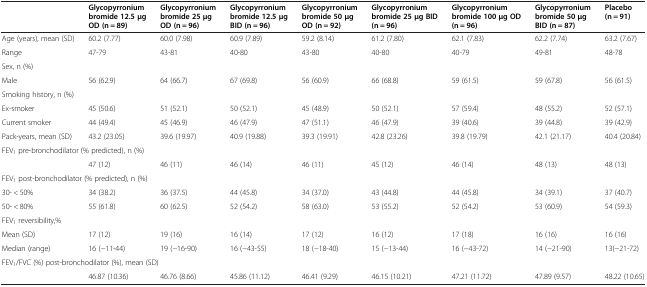
<table><thead><tr><td><b> </b></td><td><b>Glycopyrronium bromide 12.5 μg OD (n = 89)</b></td><td><b>Glycopyrronium bromide 25 μg OD (n = 96)</b></td><td><b>Glycopyrronium bromide 12.5 μg BID (n = 96)</b></td><td><b>Glycopyrronium bromide 50 μg OD (n = 92)</b></td><td><b>Glycopyrronium bromide 25 μg BID (n = 96)</b></td><td><b>Glycopyrronium bromide 100 μg OD (n = 96)</b></td><td><b>Glycopyrronium bromide 50 μg BID (n = 87)</b></td><td><b>Placebo (n = 91)</b></td></tr></thead><tbody><tr><td>Age (years), mean (SD)</td><td>60.2 (7.77)</td><td>60.0 (7.98)</td><td>60.9 (7.89)</td><td>59.2 (8.14)</td><td>61.2 (7.80)</td><td>62.1 (7.83)</td><td>62.2 (7.74)</td><td>63.2 (7.67)</td></tr><tr><td>Range</td><td>47-79</td><td>43-81</td><td>40-80</td><td>43-80</td><td>40-80</td><td>40-79</td><td>49-81</td><td>48-78</td></tr><tr><td>Sex, n (%)</td><td> </td><td> </td><td> </td><td> </td><td> </td><td> </td><td> </td><td> </td></tr><tr><td>Male</td><td>56 (62.9)</td><td>64 (66.7)</td><td>67 (69.8)</td><td>56 (60.9)</td><td>66 (68.8)</td><td>59 (61.5)</td><td>59 (67.8)</td><td>56 (61.5)</td></tr><tr><td>Smoking history, n (%)</td><td> </td><td> </td><td> </td><td> </td><td> </td><td> </td><td> </td><td> </td></tr><tr><td>Ex-smoker</td><td>45 (50.6)</td><td>51 (52.1)</td><td>50 (52.1)</td><td>45 (48.9)</td><td>50 (52.1)</td><td>57 (59.4)</td><td>48 (55.2)</td><td>52 (57.1)</td></tr><tr><td>Current smoker</td><td>44 (49.4)</td><td>45 (46.9)</td><td>46 (47.9)</td><td>47 (51.1)</td><td>46 (47.9)</td><td>39 (40.6)</td><td>39 (44.8)</td><td>39 (42.9)</td></tr><tr><td>Pack-years, mean (SD)</td><td>43.2 (23.05)</td><td>39.6 (19.97)</td><td>40.9 (19.88)</td><td>39.3 (19.91)</td><td>42.8 (23.26)</td><td>39.8 (19.79)</td><td>42.1 (21.17)</td><td>40.4 (20.84)</td></tr><tr><td>FEV<sub>1</sub> pre-bronchodilator (% predicted), n (%)</td><td> </td><td> </td><td> </td><td> </td><td> </td><td> </td><td> </td><td> </td></tr><tr><td> </td><td>47 (12)</td><td>46 (11)</td><td>46 (14)</td><td>46 (11)</td><td>45 (12)</td><td>46 (14)</td><td>48 (13)</td><td>48 (13)</td></tr><tr><td>FEV<sub>1</sub> post-bronchodilator (% predicted), n (%)</td><td> </td><td> </td><td> </td><td> </td><td> </td><td> </td><td> </td><td> </td></tr><tr><td>30- &lt; 50%</td><td>34 (38.2)</td><td>36 (37.5)</td><td>44 (45.8)</td><td>34 (37.0)</td><td>43 (44.8)</td><td>44 (45.8)</td><td>34 (39.1)</td><td>37 (40.7)</td></tr><tr><td>50- &lt; 80%</td><td>55 (61.8)</td><td>60 (62.5)</td><td>52 (54.2)</td><td>58 (63.0)</td><td>53 (55.2)</td><td>52 (54.2)</td><td>53 (60.9)</td><td>54 (59.3)</td></tr><tr><td>FEV<sub>1</sub> reversibility,%</td><td> </td><td> </td><td> </td><td> </td><td> </td><td> </td><td> </td><td> </td></tr><tr><td>Mean (SD)</td><td>17 (12)</td><td>19 (16)</td><td>16 (14)</td><td>17 (12)</td><td>16 (12)</td><td>17 (18)</td><td>16 (16)</td><td>16 (16)</td></tr><tr><td>Median (range)</td><td>16 (−11-44)</td><td>19 (−16-90)</td><td>16 (−43-55)</td><td>18 (−18-40)</td><td>15 (−13-44)</td><td>16 (−43-72)</td><td>14 (−21-90)</td><td>13(−21-72)</td></tr><tr><td>FEV<sub>1</sub>/FVC (%) post-bronchodilator (%), mean (SD)</td><td> </td><td> </td><td> </td><td> </td><td> </td><td> </td><td> </td><td> </td></tr><tr><td> </td><td>46.87 (10.36)</td><td>46.76 (8.66)</td><td>45.86 (11.12)</td><td>46.41 (9.29)</td><td>46.15 (10.21)</td><td>47.21 (11.72)</td><td>47.89 (9.57)</td><td>48.22 (10.65)</td></tr></tbody></table>